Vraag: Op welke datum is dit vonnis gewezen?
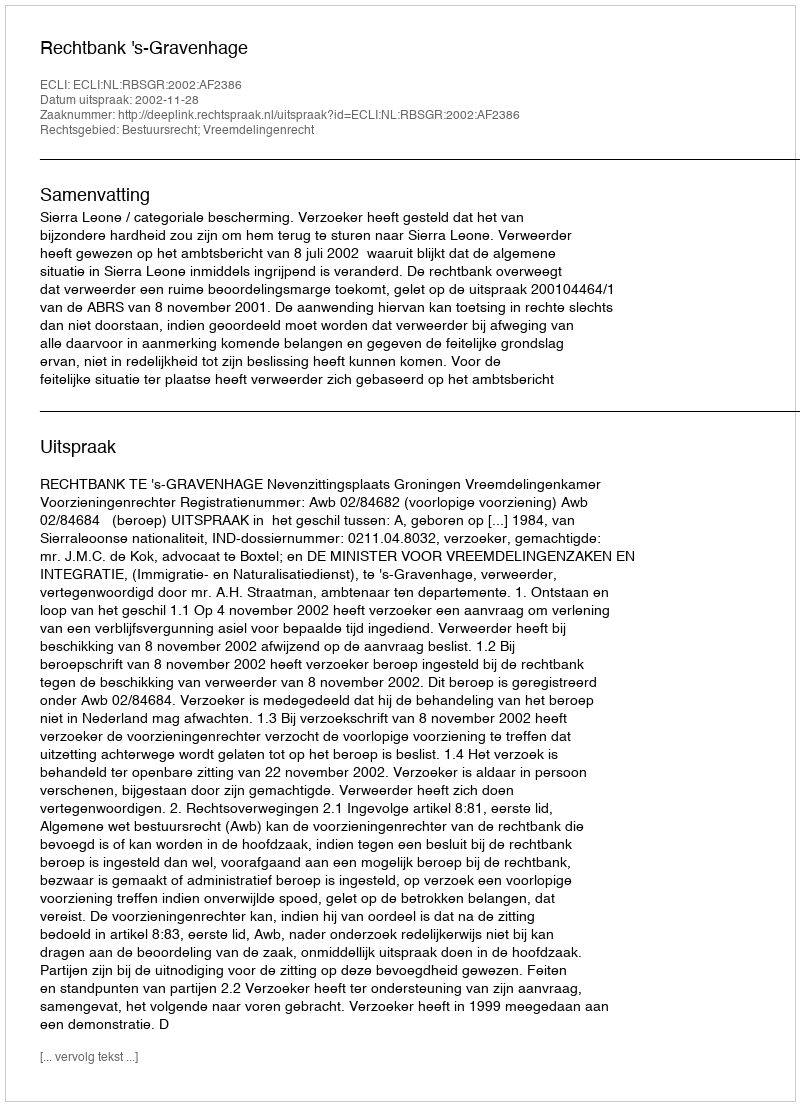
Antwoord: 2002-11-28